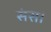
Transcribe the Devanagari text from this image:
संस।